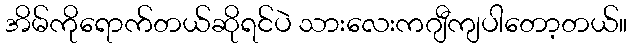
အိမ်ကိုရောက်တယ်ဆိုရင်ပဲ သားလေးကဂျီကျပါတော့တယ်။